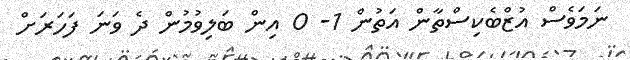
ނަމަވެސް އުޒްބެކިސްތާން އަތުން 1- 0 އިން ބަލިވުމުން ދެ ވަނަ ފަހަރަށް